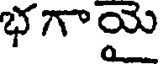
భగాయై